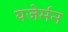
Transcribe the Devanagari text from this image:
यजेर्मन